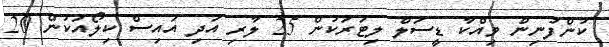
ކުންފުނިން ވިއްކާ ޑީސަލް ލިޓަރަކުން 25 ލާރި އަދި އައިސް ކިލޯއަކުން 20